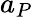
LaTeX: a_{P}